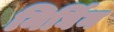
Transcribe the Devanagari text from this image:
निर्घिन